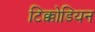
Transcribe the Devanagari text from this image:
टिक्कोडियन